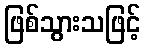
ဖြစ်သွားသဖြင့်